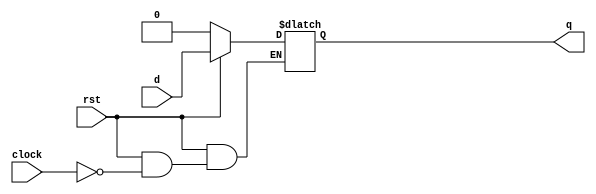
// ative low positive level-sensitive
module dlatch_rst(rst, clock, d, q);
    input rst, clock, d;
    output q;
    reg    q;

    always @(rst or clock or d) begin
        if(!rst)
            q = 1'b0;
        else if(clock)
            q = d;
    end

endmodule